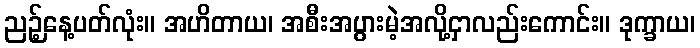
ညဉ့်နေ့ပတ်လုံး။ အဟိတာယ၊ အစီးအပွားမဲ့အလို့ငှာလည်းကောင်း။ ဒုက္ခာယ၊